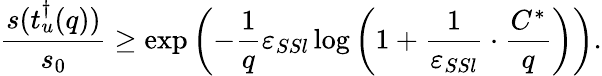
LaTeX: \frac{s(t_{u}^{\dagger}(q))}{s_{0}}\geq\exp\left(-\frac{1}{q}\varepsilon_{SSl}\log\left(1+\frac{1}{\varepsilon_{SSl}}\cdot\frac{C^{*}}{q}\right)\right).